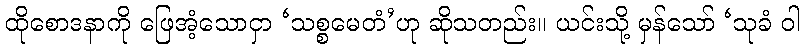
ထိုစောဒနာကို ဖြေအံ့သောငှာ ‘သစ္စမေတံ’ဟု ဆိုသတည်း။ ယင်းသို့ မှန်သော် ‘သုခံ ဝါ